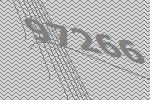
97266